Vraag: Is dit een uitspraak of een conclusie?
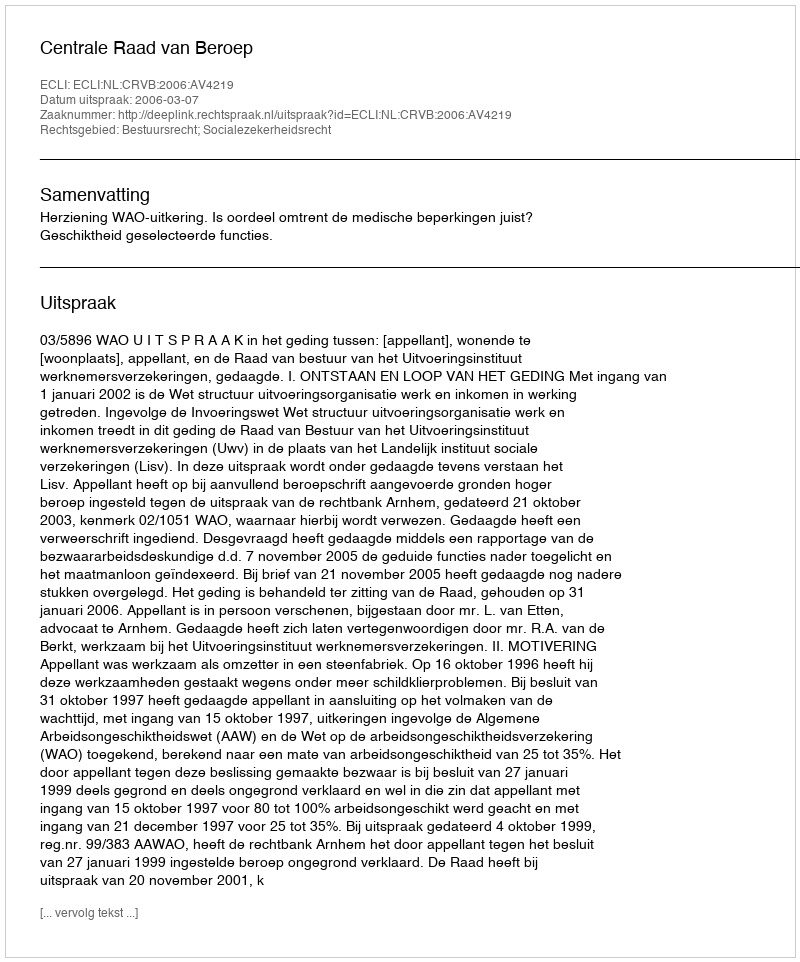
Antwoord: Uitspraak